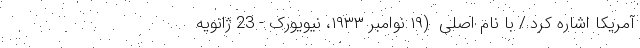
آمریکا اشاره کرد./ با نام اصلی  (۱۹ نوامبر ۱۹۳۳، نیویورک - 23 ژانویه